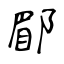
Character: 郿